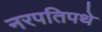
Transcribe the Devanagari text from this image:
नरपतिपथे